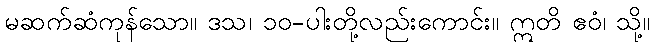
မဆက်ဆံကုန်သော။ ဒသ၊ ၁၀-ပါးတို့လည်းကောင်း။ ဣတိ ဧဝံ၊ သို့။